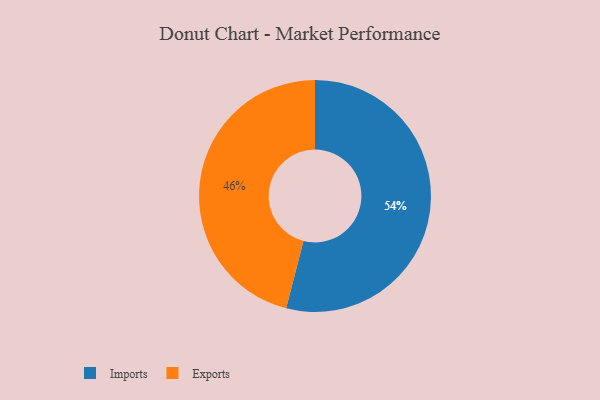
{"axis": {"x": "Category", "y": "Percentage"}, "legend": ["Exports", "Imports"], "data": [{"x": "Exports", "y": 46, "type": "Exports"}, {"x": "Imports", "y": 54, "type": "Imports"}]}